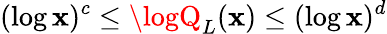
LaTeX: (\log\mathbf{x})^{c}\leq\logQ_{L}(\mathbf{x})\leq(\log\mathbf{x})^{d}